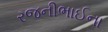
રજનીભાઈના